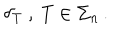
\delta _ { T } \ , \ T \in \Sigma _ { n } \, .